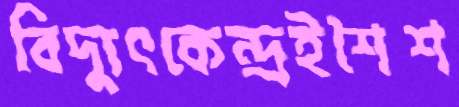
বিদ্যুৎকেন্দ্রইশৈশ